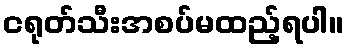
ငရုတ်သီးအစပ်မထည့်ရပါ။